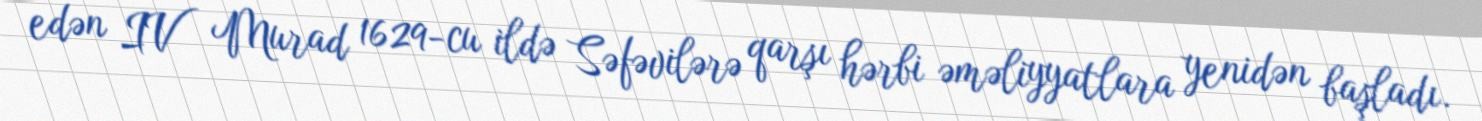
edən IV Murad 1629-cu ildə Səfəvilərə qarşı hərbi əməliyyatlara yenidən başladı.